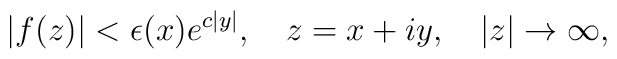
\left| f(z)\right| <\epsilon (x)e^{c\left| y\right| },\quad z=x+iy,\quad\left| z\right| \rightarrow \infty ,